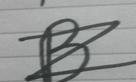
Signature authenticity: forged